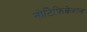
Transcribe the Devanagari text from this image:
नोटिफ़िकेशन